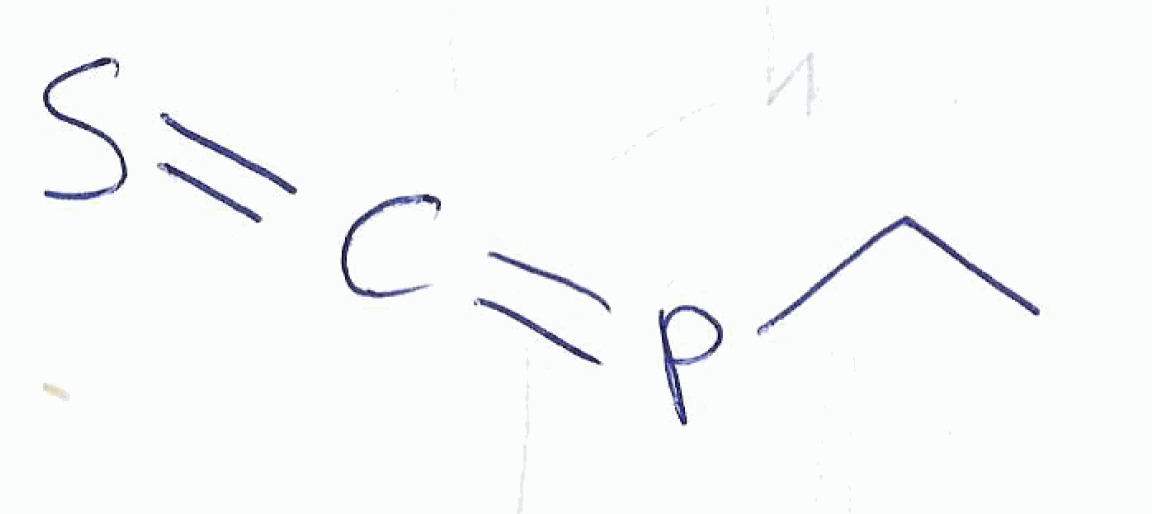
Simplified molecular-input line-entry system (SMILES) notation of the given molecule:
CCP=C=S